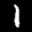
Label: 1